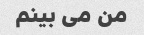
من می بینم